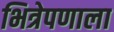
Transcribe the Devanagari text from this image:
भित्रेपणाला